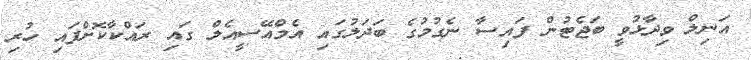
އަނިލް ވިދާޅުވީ ބަޖެޓުން ފައިސާ ނެގުމުގެ ބަދަލުގައި އެމްއޭސީއެލް ގައި ރައްކާކޮށްފައި ހުރި